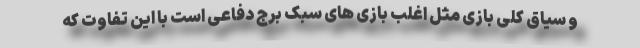
و سیاق کلی بازی مثل اغلب بازی های سبک برج دفاعی است با این تفاوت که